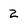
Character: 2